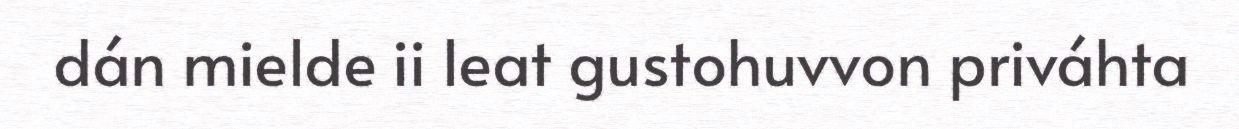
dán mielde ii leat gustohuvvon priváhta